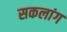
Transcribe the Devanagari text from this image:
सकलांग